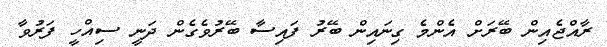
ރާއްޖެއިން ބޭރަށް އެންމެ ގިނައިން ބޭރު ފައިސާ ބޭރުވެގެން ދަނީ ސިއްހީ ފަރުވާ